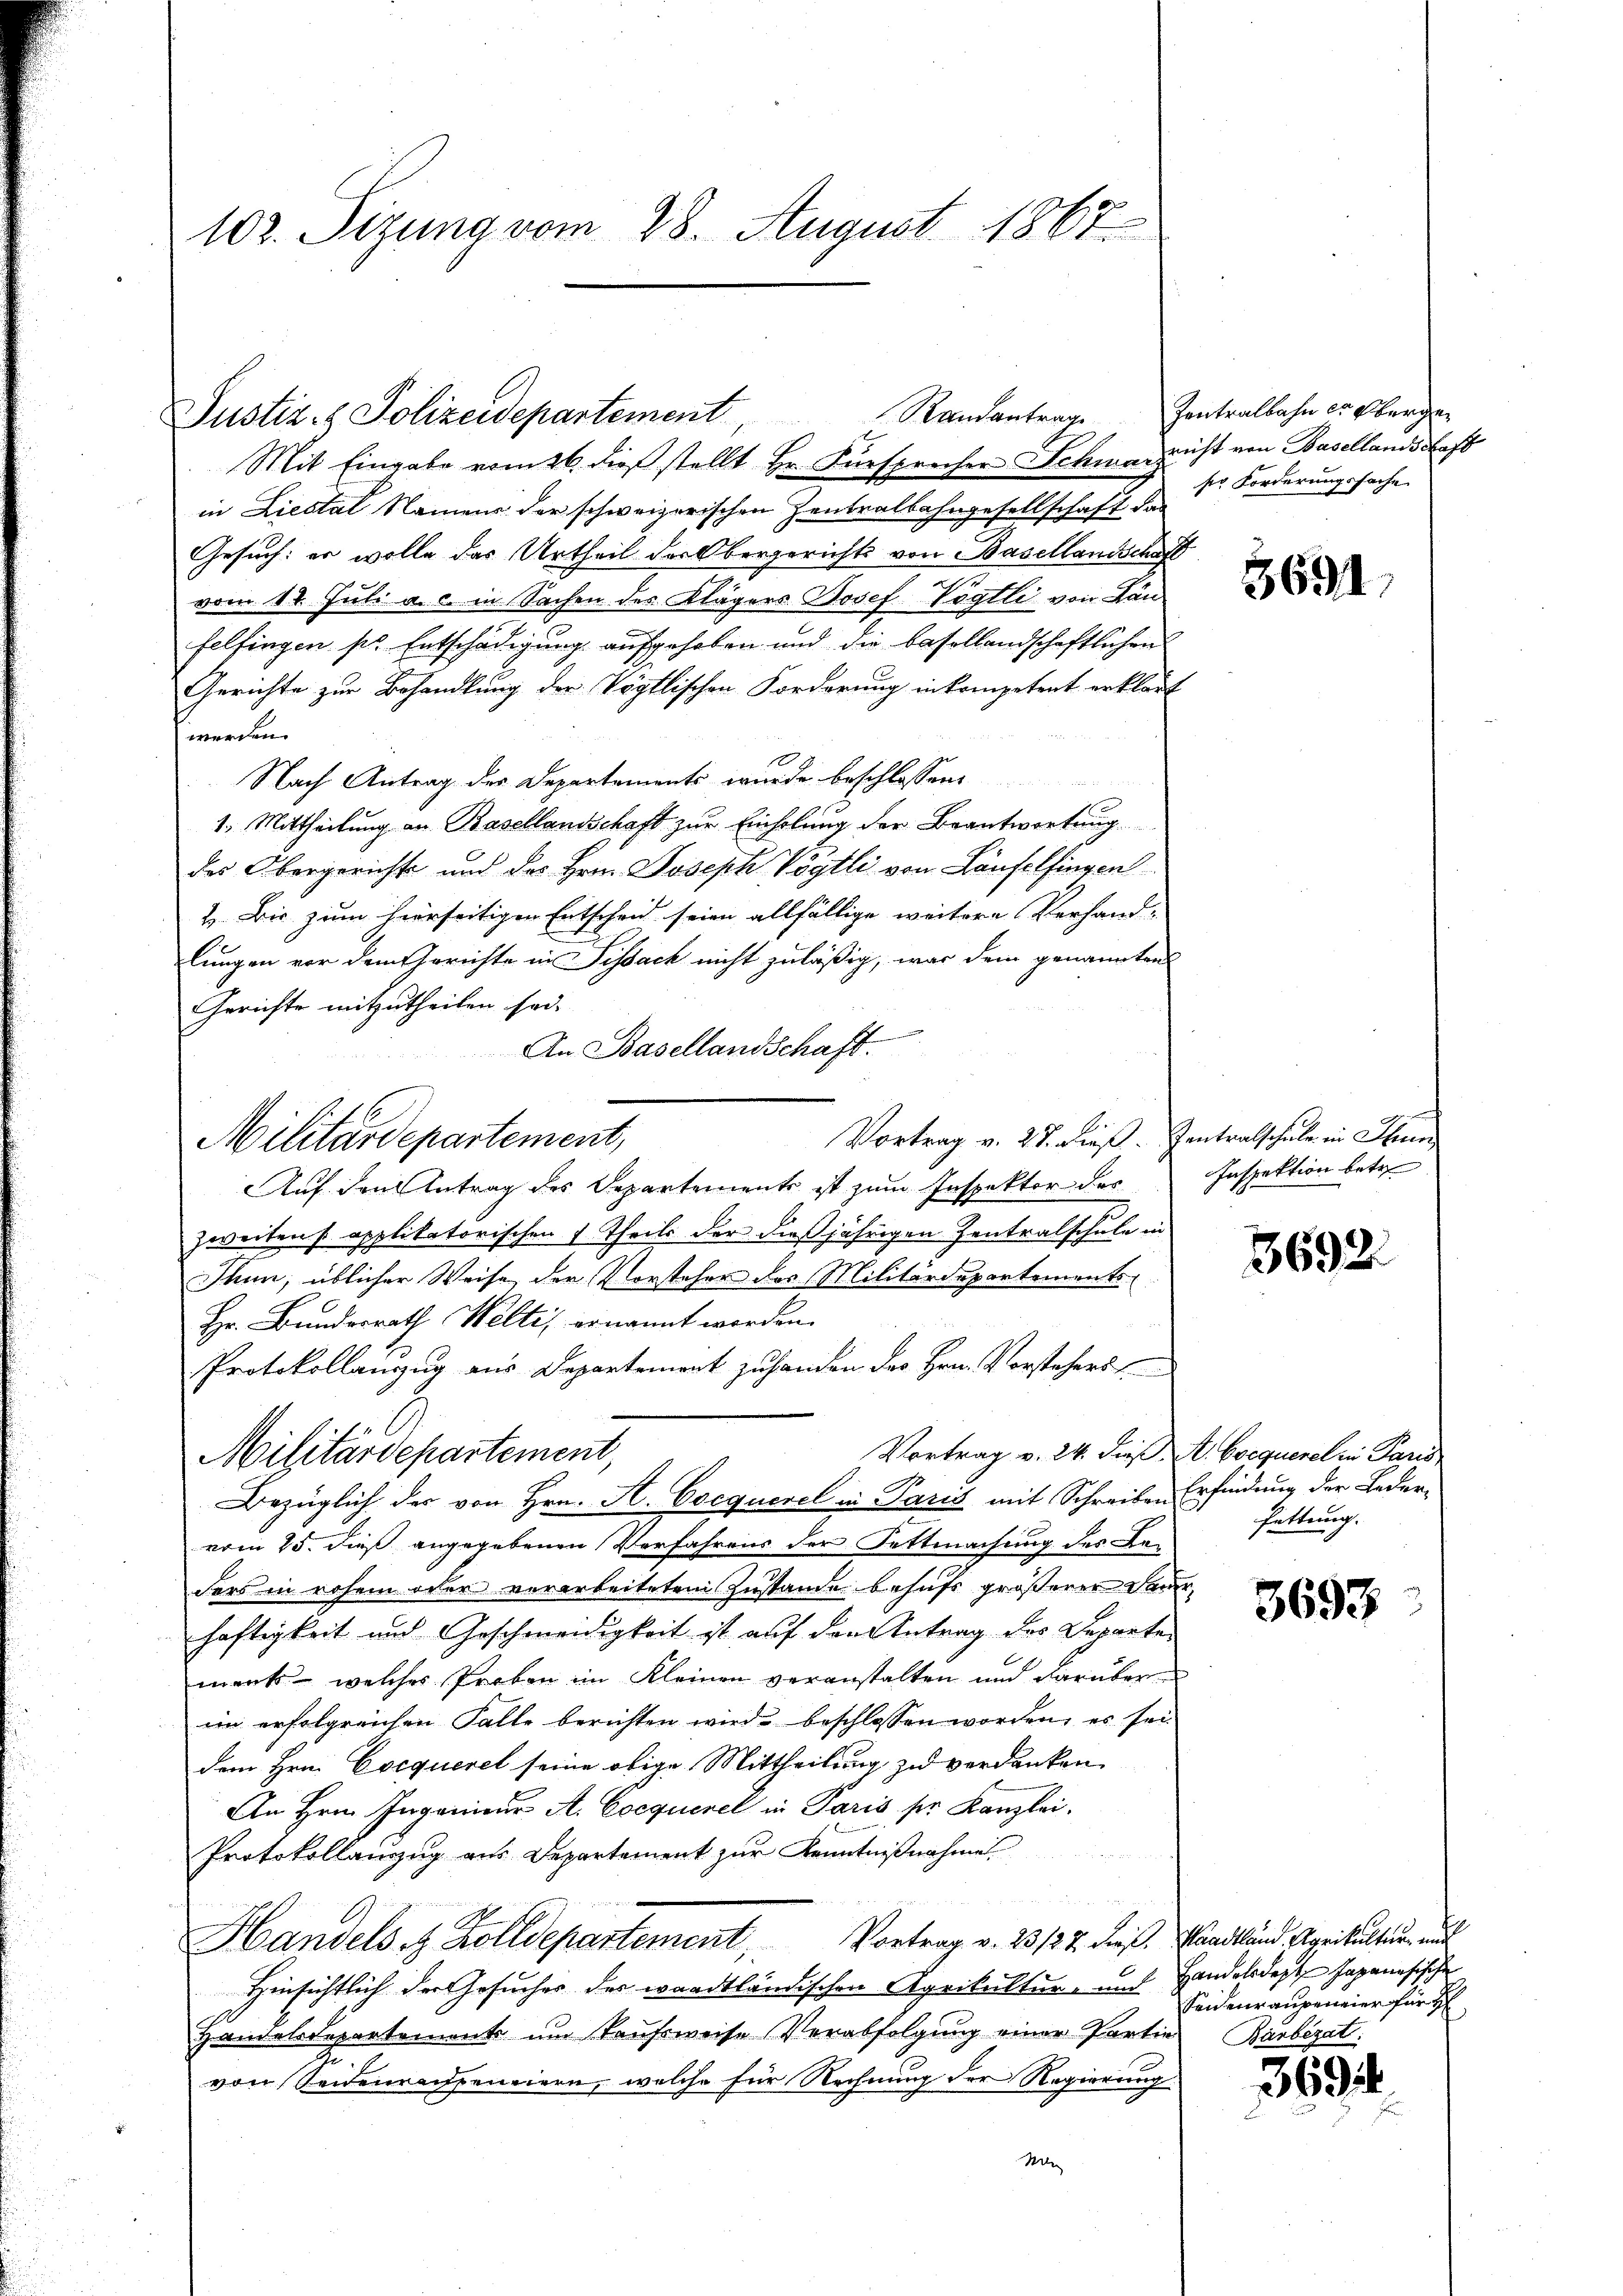
102. Sizung vom 28. August 1867

Justiz- & Polizeidepartement Randantrage

Militärdepartement,

in Liestal Namens der schweizerischen Zentralbahngesellschaft das
Gesuch: er wolle das Urtheil der Obergerichts von Basellandschaft
vom 18. Juli a. c. in Sachen des Klägers Josef Vögtli von Lan
felfingen pr. Entschädigung aufgehoben und die basellandschaftlichen
Gerichte zur Behandlung der Vögtlischen Forderung in kompetent erklärt
werden.
Nach Antrag der Departements wurde beschlossene
1. Mittheilung an Basellandschaft zur Einholung der Beantwortung
des Obergerichts und des Hrn. Joseph Vögtli von Laufelfingen
2. Bis zum hierseitigen Entscheid seien allfällige weitere Verhand-
lungen vor dem Gerichte in Sissach nicht zuläßig, was dem genannten
Gerichte mitzutheilen sod.
¬
An Basellandschaft.
Vortrag v. 27. dieß. Zentralschule in Thun
Auf den Antrag des Departements ist zum Inspektor des
zweitens applikatorischen 7 Theils der dießjährigen Zentralschule in
Thun; üblicher Weise der Vorsteher des Militärdepartements
Hr. Bundesrath Welti, ernannt worden.
Protokollanzug aus Departement zu handen des Hrn. Vorsteherst
Vortrag v. 24. dieß. A. Boequerel in Paris
Militärdepartement,
Bezüglich der von Hrn. A. Cocquerel in Paris mit Schreiben Erfindung der Leder-
vom 25. dieß angegebenen Verfahrens der Settmachung des Beders in rohem oder verarbeiteten Zustande behufs größerer Feuerhaftigkeit und Geschwendigkeit ist auf den Antrag des Departe
menk, welches Proben im Kleinen veranstalten und darüber
im erfolgreichen Falle berichten wird beschlossen worden, es sei-
dem Hrn. Cocquerel seine obige Mittheilung zu verdanken,
An Hrn. Ingenieur A. Cocquerel in Paris ser Kanzlei.
Protokollanzzug aus Departement zur Kenntnißnahme
Handels z. Zolldepartement, Vortrag v. 23127. dieß. Waadtländ Agrikultur au
Hinsichtlich der Gesucher der waadtländischen Agrikultur- und Handelsdeste Japanesische
Handelsdepartemente um Kaufsweise Verabfolgung einer Partie Barbezat:
von Seidenreisseneiern, welche für Rechnung der Regierung
M

Mit Eingabe vom 26. dieß stellt Hr. Fürsprecher Schmarricht von Basellandschaft

Zentralbahn er Oberger
ser Forderungssache

3691

h
Inspektion betre

3692.

fettung.

3693

Seideur augeneier für H

369.